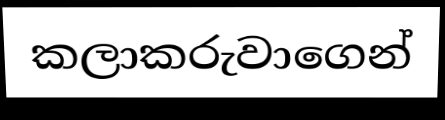
කලාකරුවාගෙන්